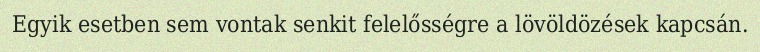
Egyik esetben sem vontak senkit felelősségre a lövöldözések kapcsán.